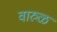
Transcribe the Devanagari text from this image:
वारुळ